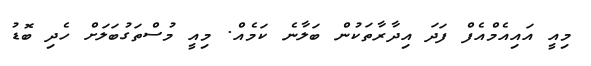
މިއީ އައިއެމްއެފް ފަދަ އިދާރާތަކުން ބަލާނެ ކަމެއް. މިއީ މުސްތަގުބަލަށް ހެދި ބޮޑު